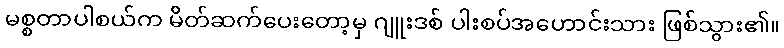
မစ္စတာပါစယ်က မိတ်ဆက်ပေးတော့မှ ဂျူးဒစ် ပါးစပ်အဟောင်းသား ဖြစ်သွား၏။